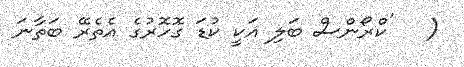
(   'ކްރޯންސް ބަލި އަކީ ކުޑަ ގޮހޮރުގެ އެތެރޭ ބަތާނަ